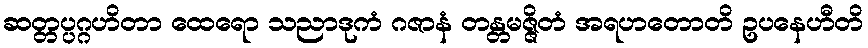
ဆတ္တပ္ပဂ္ဂဟိတာ ထေရော သညာဒုကံ ဂဇာနံ တန္တမဇ္ဇိတံ အရဟတောတိ ဥပနေဟီတိ